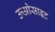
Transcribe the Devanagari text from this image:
ऊओसाइट